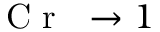
\mathrm { ~ \textit ~ { ~ C ~ r ~ } ~ } \to 1